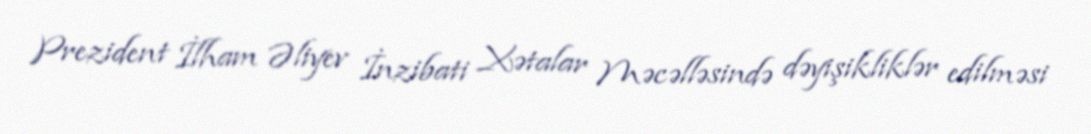
Prezident İlham Əliyev İnzibati Xətalar Məcəlləsində dəyişikliklər edilməsi